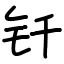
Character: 钎